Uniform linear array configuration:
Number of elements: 16
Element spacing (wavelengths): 0.5
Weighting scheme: uniform
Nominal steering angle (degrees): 0
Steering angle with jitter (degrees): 0.005888
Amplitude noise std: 0.05
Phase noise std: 0.05

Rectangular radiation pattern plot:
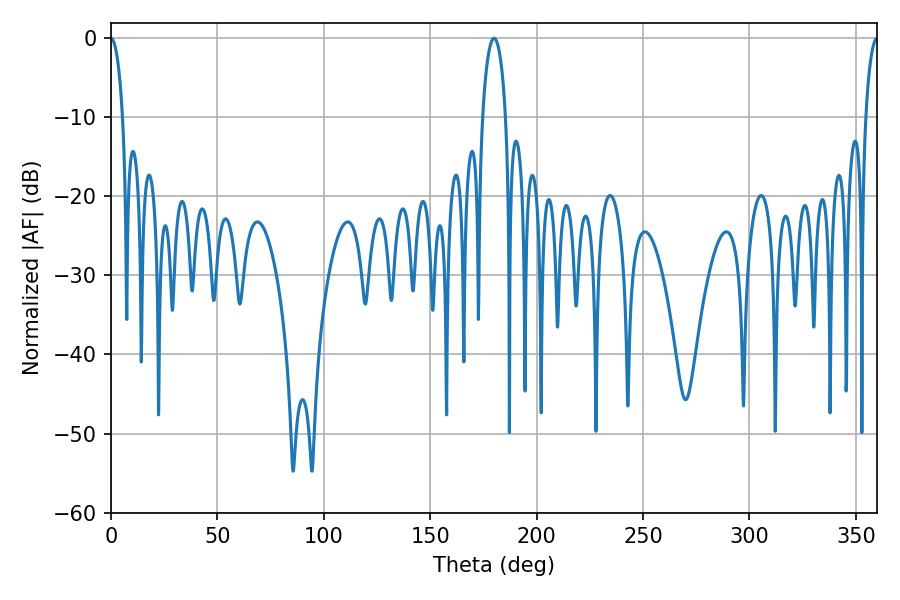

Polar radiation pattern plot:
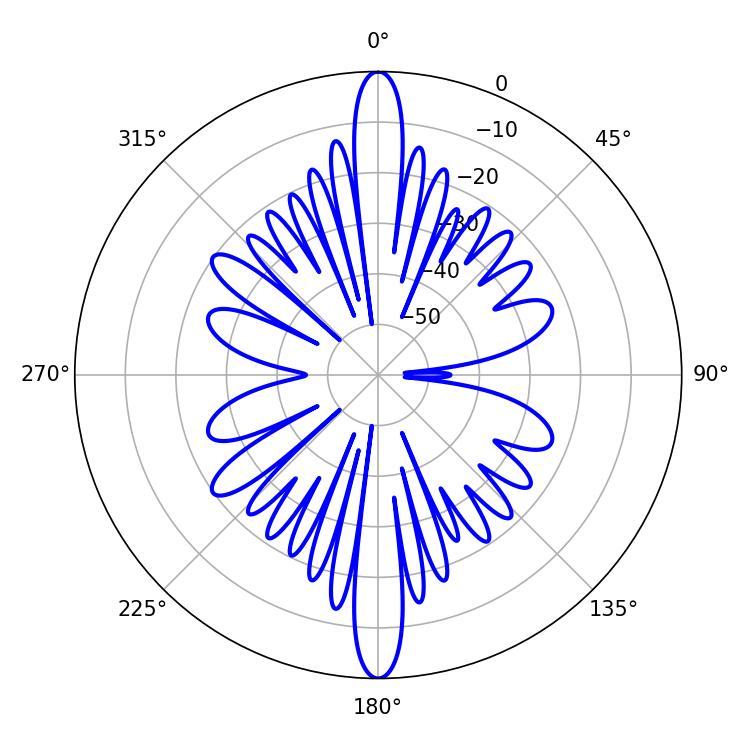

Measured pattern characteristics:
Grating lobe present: FALSE
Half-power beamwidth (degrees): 3.06
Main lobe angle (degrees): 0